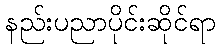
နည်းပညာပိုင်းဆိုင်ရာ